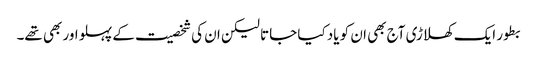
بطور ایک کھلاڑی آج بھی ان کو یاد کیا جاتا لیکن ان کی شخصیت کے پہلو اور بھی تھے۔